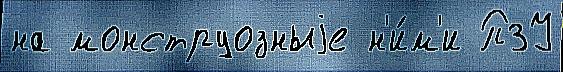
на монструозныjе н'и́м'и ПЗУ